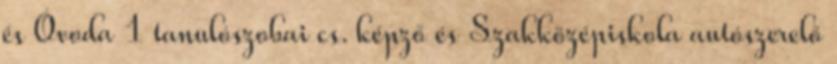
és Óvoda 1 tanulószobai cs. képző és Szakközépiskola autószerelő